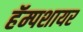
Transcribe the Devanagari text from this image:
हॅम्पशायर